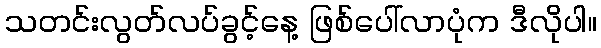
သတင်းလွတ်လပ်ခွင့်နေ့ ဖြစ်ပေါ်လာပုံက ဒီလိုပါ။